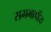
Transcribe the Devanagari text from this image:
सममापीय